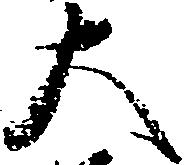
大